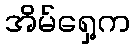
အိမ်ရှေ့က